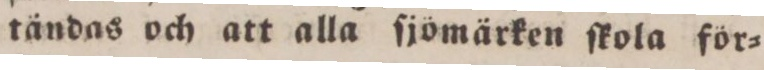
tändas och att alla ſjömärken ſkola för=